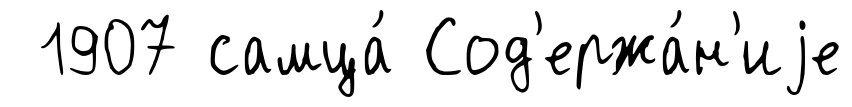
1907 самца́ Сод'ержа́н'иjе